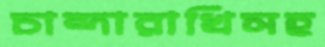
চান্দারাখিসহ